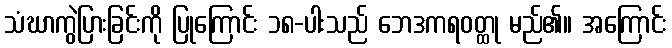
သံဃာကွဲပြားခြင်းကို ပြုကြောင်း ၁၈-ပါးသည် ဘေဒကရဝတ္ထု မည်၏။ အကြောင်း